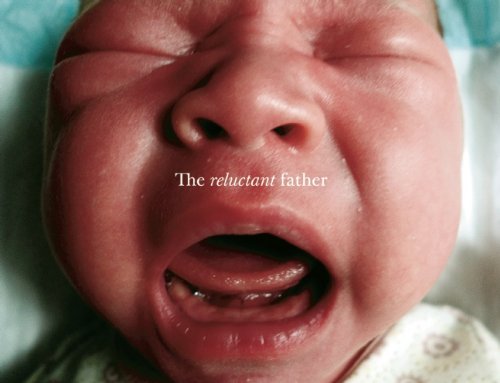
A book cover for The Reluctant Father; Arts & Photography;